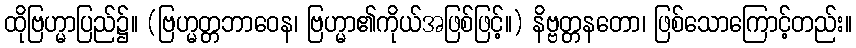
ထိုဗြဟ္မာပြည်၌။ (ဗြဟ္မတ္တဘာဝေန၊ ဗြဟ္မာ၏ကိုယ်အဖြစ်ဖြင့်။) နိဗ္ဗတ္တနတော၊ ဖြစ်သောကြောင့်တည်း။